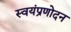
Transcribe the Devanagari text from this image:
स्वयंप्रणोदन